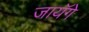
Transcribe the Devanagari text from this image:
जायॅगे